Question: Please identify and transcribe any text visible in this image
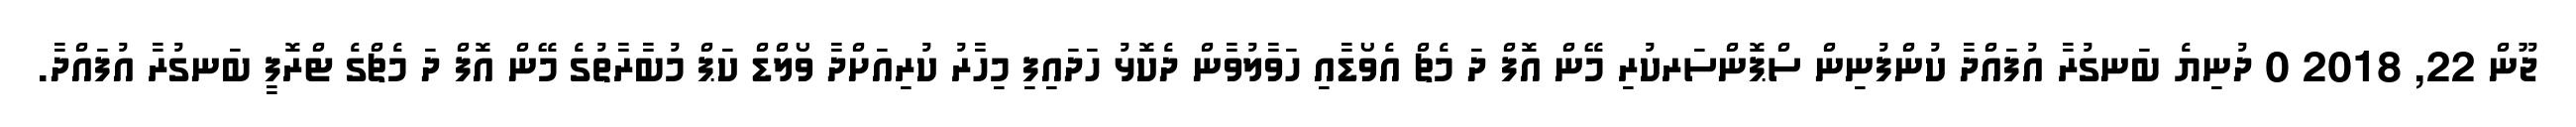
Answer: ޖޫން 22, 2018 0 ދުނިޔެ ބަނގުރާ އުފައްދާ ކުންފުނިން ސްޕޮންސަރކުރި މޭން އޮފް ދަ މެޗް އެވޯޑާއި ހަވާލުވާން ދެކޮޅު ހަދައިފި މިހާރު ކުރިއަށްދާ ވޯލްޑް ކަޕް މުބާރާތުގެ މޭން އޮފް ދަ މެޗްގެ ޓްރޮފީ ބަނގުރާ އުފައްދާ.